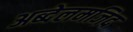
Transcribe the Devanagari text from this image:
अब्देलमजिद